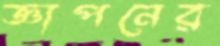
জ্ঞাপনের